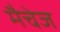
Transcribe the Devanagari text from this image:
मैचेज